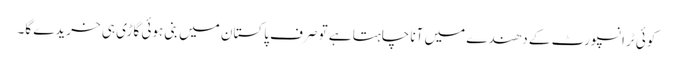
کوئی ٹرانسپورٹ کے دھندے میں آنا چاہتا ہے تو صرف پاکستان میں بنی ہوئی گاڑی ہی خریدے گا۔